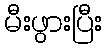
မီးဖွားပြီး